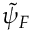
\tilde { \psi } _ { F }